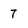
Character: 7